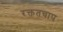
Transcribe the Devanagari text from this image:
रक्ततचाप